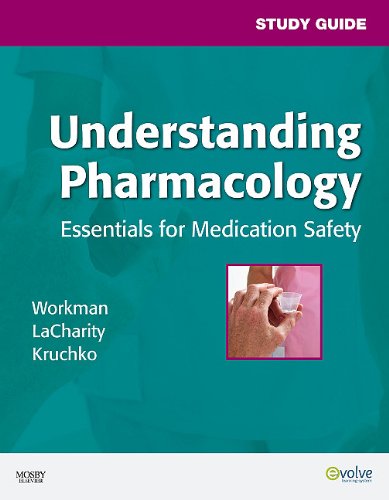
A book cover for Study Guide for Understanding Pharmacology: Essentials for Medication Safety, 1e; M. Linda Workman PhD  RN  FAAN; Medical Books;